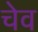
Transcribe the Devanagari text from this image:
चेव